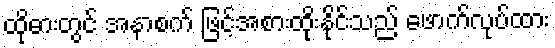
ထိုဓားတွင် အနာစက် ဖြင့်အစားထိုးနိုင်သည် ဖောက်လုပ်ထား